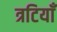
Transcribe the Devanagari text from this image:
त्रटियाँ